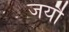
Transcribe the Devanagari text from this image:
जर्यौ